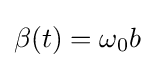
\beta (t)=\omega _{0}b